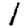
Digit: 1